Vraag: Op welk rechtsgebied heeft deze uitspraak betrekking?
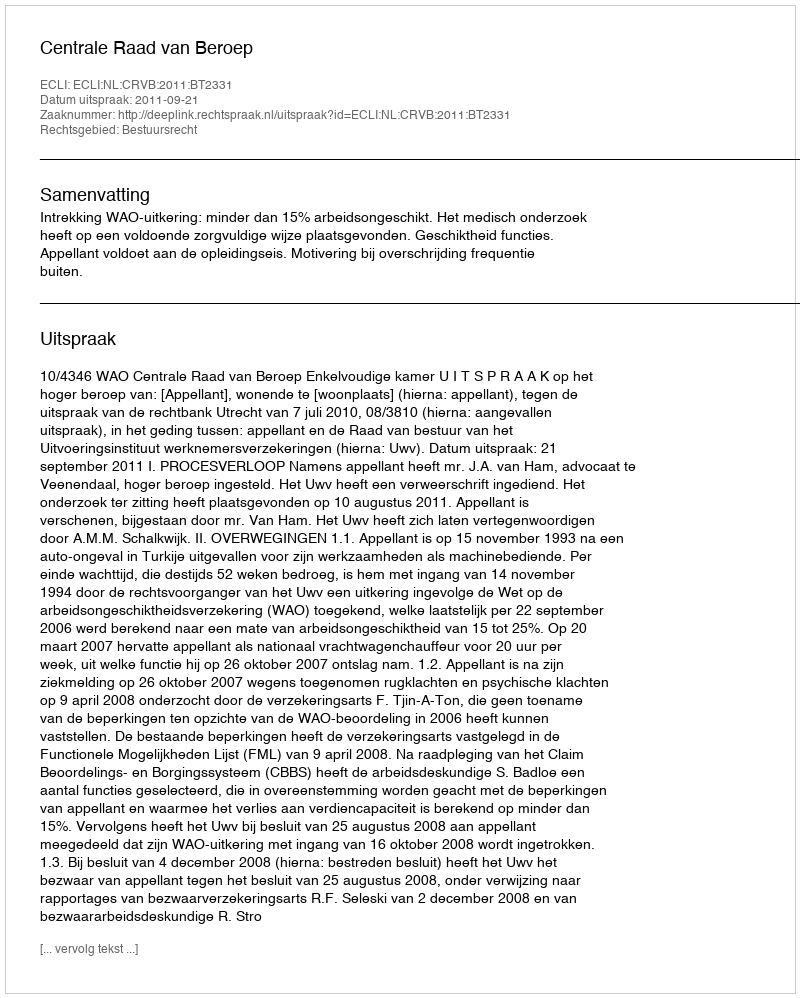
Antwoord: Bestuursrecht